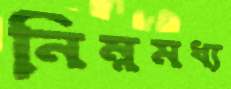
নিম্নমধ্য